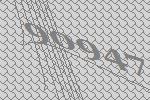
90947